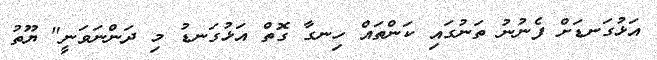
އަޅުގަނޑަށް ފެނުނު ތަނުގައި ކަންތައް ހިނގާ ގޮތް އަޅުގަނޑު މި ދަންނަވަނީ" ޔޫތު